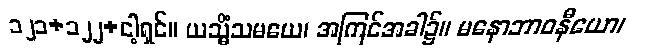
၁၂၁+၁၂၂+ငါ့ရှင်။ ယသ္မိံသမယေ၊ အကြင်အခါ၌။ မနောဘာဝနီယော၊